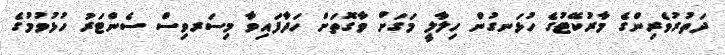
ދަތުރުވެރިންގެ މާރުކޭޓުގެ ހުޅަނގުން ހިލާލީ މަގަށް ވާގޮތަށް ހަދާފައިވާ މިސަރވިސް ސެންޓަރު ހުޅުވުމުގެ